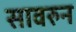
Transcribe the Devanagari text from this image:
सावरुन